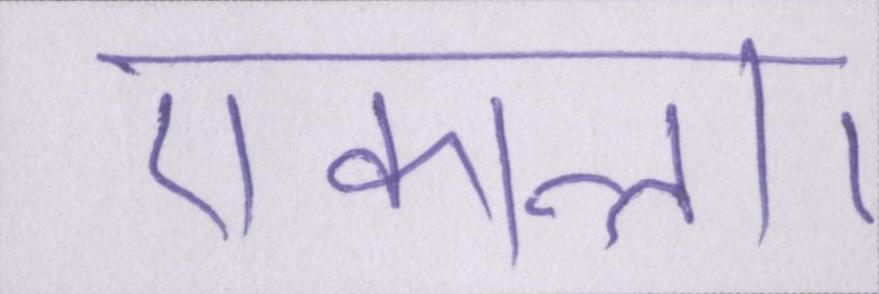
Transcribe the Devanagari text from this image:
एकान्त।